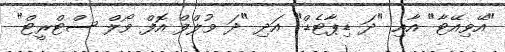
"އޭވިއޭޓާ" އާއި "ދަ ޑިޕާޓެޑް" އަދި "ދަ ވުލްފް އޮފް ވޯލް ސްޓްރީޓް"